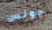
جونس